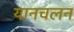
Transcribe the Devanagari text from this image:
यानचलन